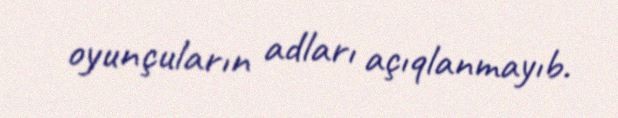
oyunçuların adları açıqlanmayıb.